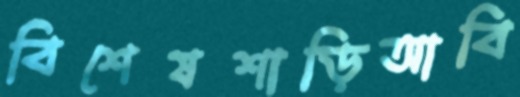
বিশেষশাড়িআবি